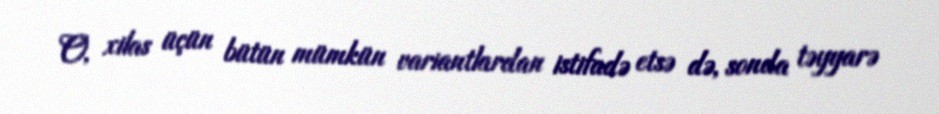
O, xilas üçün bütün mümkün variantlardan istifadə etsə də, sonda təyyarə